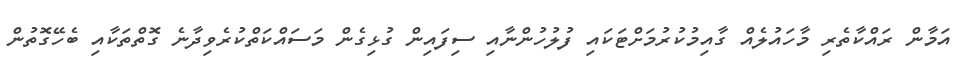
އަމާން ރައްކާތެރި މާހައުލެއް ގާއިމުކުރުމަށްޓަކައި ފުލުހުންނާއި ސިފައިން ގުޅިގެން މަސައްކަތްކުރެވިދާނެ ގޮތްތަކާއި ބެހޭގޮތުން